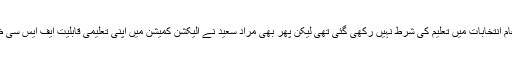
اگرچہ عام انتخابات میں تعلیم کی شرط نہیں رکھی گئی تھی لیکن پھر بھی مراد سعید نے الیکشن کمیشن میں اپنی تعلیمی قابلیت ایف ایس سی ظاہر کی۔